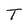
Character: T